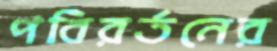
পবিরর্তনের